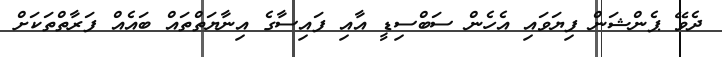
ދެވޭ ޕެންޝަން ފިޔަވައި އެހެން ސަބްސިޑީ އާއި ފައިސާގެ އިނާޔަތްތައް ބައެއް ފަރާތްތަކަށް